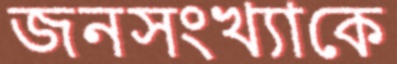
জনসংখ্যাকে